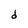
Character: d